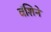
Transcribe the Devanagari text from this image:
वंशिने